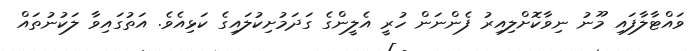
ވައްޓާލާފައި މޫނު ނިވާކޮށްލިއިރު ފެންނަން ހުރީ އެލީންގެ ގަދަމުށިކުލައިގެ ކަޅިއެވެ. އަތުގައިވާ ލަކުނުތައް